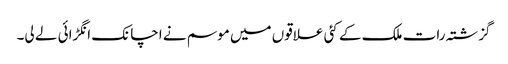
گزشتہ رات ملک کے کئی علاقوں میں موسم نے اچانک انگڑائی لے لی۔